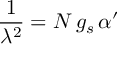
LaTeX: \frac { 1 } { \lambda ^ { 2 } } = N \, g _ { s } \, \alpha ^ { \prime }